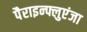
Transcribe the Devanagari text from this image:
पैराइन्फ्लुएंजा